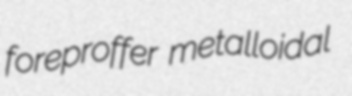
foreproffer metalloidal